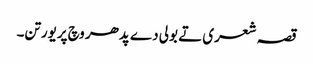
قصہ شعری تے بولی دے پدھر وچ پریورتن۔